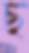
ছ